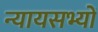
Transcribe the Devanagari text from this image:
न्यायसभ्यों